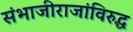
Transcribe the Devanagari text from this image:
संभाजीराजांविरुद्ध